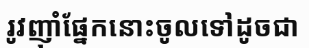
រូវញ៉ាំផ្នែកនោះចូលទៅដូចជា